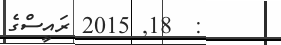
:  18